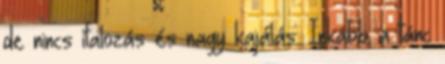
de nincs italozás és nagy kajálás. Inkább a tánc